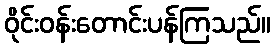
ဝိုင်းဝန်းတောင်းပန်ကြသည်။